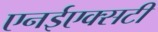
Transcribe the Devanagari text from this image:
एनईएक्सटी